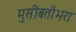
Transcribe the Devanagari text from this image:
मुसीबतोंभरा